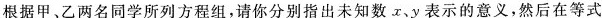
根据甲乙两名同学所列方程组,请你分别指出未知数y 表示的意义，然后在等式